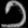
Digit: ၁